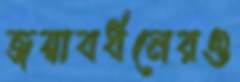
জয়াবর্ধনেরও